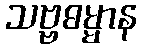
သဗ္ဗဓမ္မာန